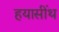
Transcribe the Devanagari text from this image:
हयासींथ